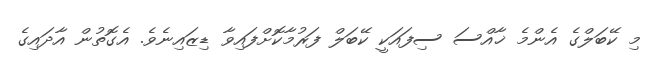
މި ކޭބަލްގެ އެންމެ ޚާއްސަ ސިފައަކީ ކޭބަލް ފަރުމާކޮށްފައިވާ ޑިޒައިނެވެ. އެގޮތުން އާދައިގެ